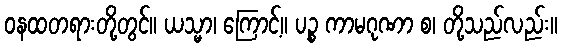
ဝနထတရားတို့တွင်။ ယသ္မာ၊ ကြောင့်။ ပဉ္စ ကာမဂုဏာ စ၊ တို့သည်လည်း။